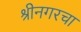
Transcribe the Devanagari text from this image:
श्रीनगरचा